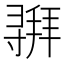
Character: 𫴵